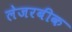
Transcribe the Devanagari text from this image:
लेजरबीक